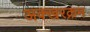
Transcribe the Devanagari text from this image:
अक्खरक्रम